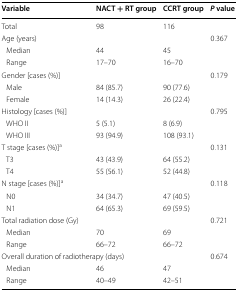
| Variable | NACT + RT group | CCRT group | P value |
 | --- | --- | --- | --- |
 | Total | 98 | 116 |  |
 | <COLSPAN=3> Age (years) | 0.367 |
 | Median | 44 | 45 |  |
 | Range | 17–70 | 16–70 |  |
 | <COLSPAN=3> Gender [cases (%)] | 0.179 |
 | Male | 84 (85.7) | 90 (77.6) |  |
 | Female | 14 (14.3) | 26 (22.4) |  |
 | <COLSPAN=3> Histology [cases (%)] | 0.795 |
 | WHO II | 5 (5.1) | 8 (6.9) |  |
 | WHO III | 93 (94.9) | 108 (93.1) |  |
 | <COLSPAN=3> T stage [cases (%)]a | 0.131 |
 | T3 | 43 (43.9) | 64 (55.2) |  |
 | T4 | 55 (56.1) | 52 (44.8) |  |
 | <COLSPAN=3> N stage [cases (%)]a | 0.118 |
 | N0 | 34 (34.7) | 47 (40.5) |  |
 | N1 | 64 (65.3) | 69 (59.5) |  |
 | <COLSPAN=3> Total radiation dose (Gy) | 0.721 |
 | Median | 70 | 69 |  |
 | Range | 66–72 | 66–72 |  |
 | <COLSPAN=3> Overall duration of radiotherapy (days) | 0.674 |
 | Median | 46 | 47 |  |
 | Range | 40–49 | 42–51 |  |